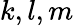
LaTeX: k,l,m